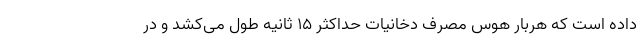
داده است که هربار هوس مصرف دخانیات حداکثر ۱۵ ثانیه طول می‌کشد و در